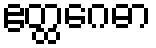
ဧတ္ထဂေဓာ